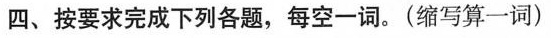
四、按要求完成下列各题，每空一词。（缩写算一词）